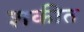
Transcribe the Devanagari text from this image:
शकीत